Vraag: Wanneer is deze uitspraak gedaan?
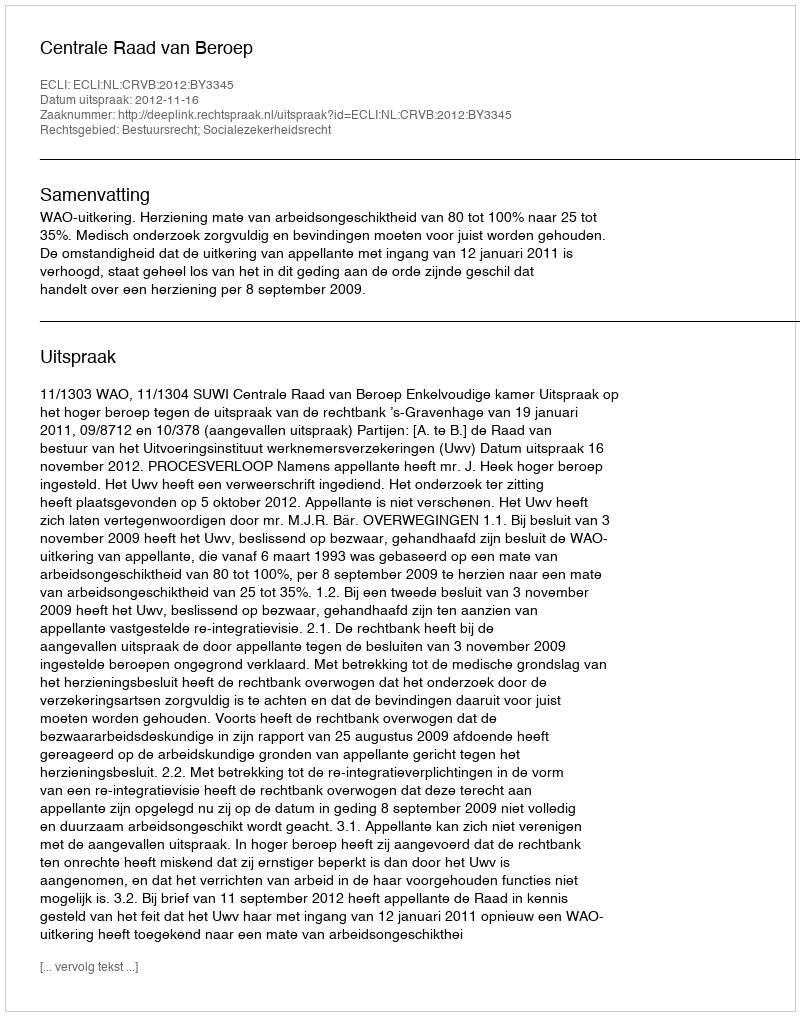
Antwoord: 2012-11-16